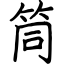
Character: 筒